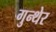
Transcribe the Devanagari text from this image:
गुन्थेर